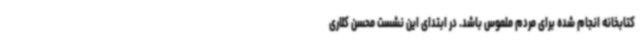
کتابخانه انجام شده برای مردم ملموس باشد. در ابتدای این نشست محسن کلاری